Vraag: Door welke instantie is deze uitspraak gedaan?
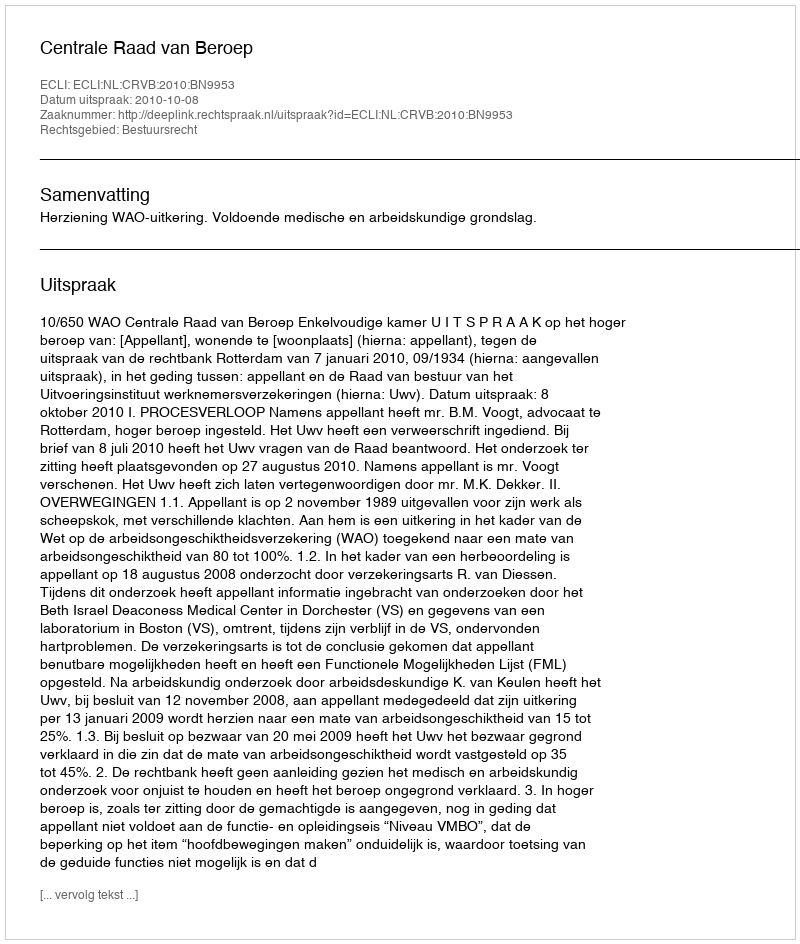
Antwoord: Centrale Raad van Beroep